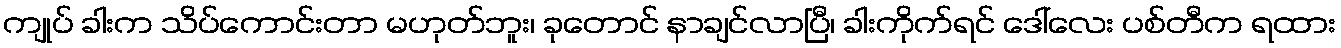
ကျုပ် ခါးက သိပ်ကောင်းတာ မဟုတ်ဘူး၊ ခုတောင် နာချင်လာပြီ၊ ခါးကိုက်ရင် ဒေါ်လေး ပစ်တီက ရထား